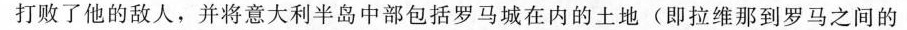
打败了他的敌人，并将意大利半岛中部包括罗马城在内的土地(即拉维那到罗马之间的